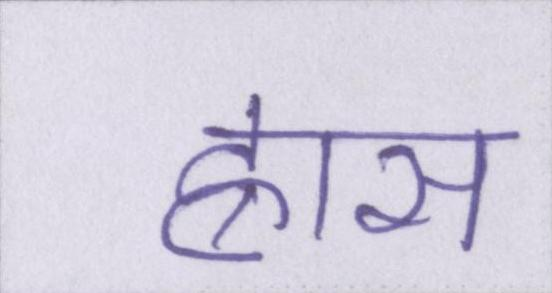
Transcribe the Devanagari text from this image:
ह्रास